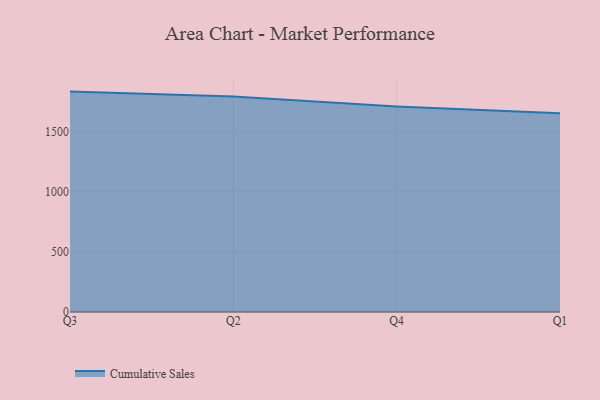
{"axis": {"x": "Quarter", "y": "Energy Usage (MWh)"}, "legend": ["Cumulative Sales"], "data": [{"x": "Q3", "y": 1830.1, "type": "Cumulative Sales"}, {"x": "Q2", "y": 1788.5, "type": "Cumulative Sales"}, {"x": "Q4", "y": 1706.4, "type": "Cumulative Sales"}, {"x": "Q1", "y": 1651.1, "type": "Cumulative Sales"}]}